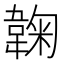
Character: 䪕